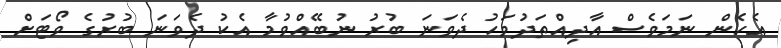
އެހެން ނަމަވެސް އާދިއްތަދުވަހު ދެވަނަ ބުރު ނުބޭއްވުމާ އެކު ދެވަނަ ބުރުގެ ވޯޓަށް